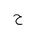
Letter: _ha